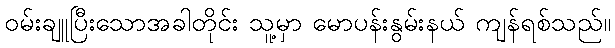
ဝမ်းချူပြီးသောအခါတိုင်း သူ့မှာ မောပန်းနွမ်းနယ် ကျန်ရစ်သည်။